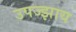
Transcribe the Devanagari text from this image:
उपज्झाय